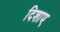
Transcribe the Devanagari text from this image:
दिशाए